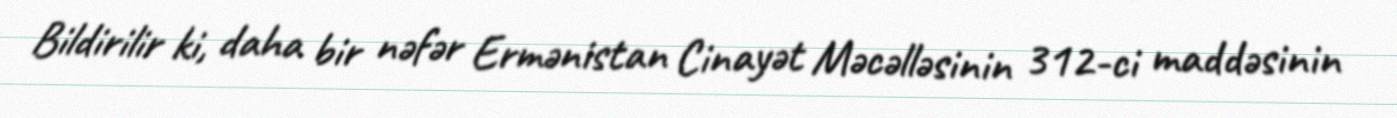
Bildirilir ki, daha bir nəfər Ermənistan Cinayət Məcəlləsinin 312-ci maddəsinin